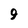
Character: 9